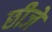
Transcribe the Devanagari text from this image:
छीजे